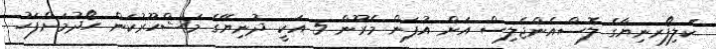
ކެލިފޯރނިޔާގެ ލޮސްއެންޖެލިސް އަށް އުފަން މެރޫން 5 އަކީ ދުނިޔޭގެ މަޝްހޫރުކަން ހޯދުމަށްފަހު